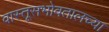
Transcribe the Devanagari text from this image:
वास्तूसभोवतालच्या